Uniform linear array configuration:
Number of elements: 12
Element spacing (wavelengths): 0.5
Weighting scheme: hamming
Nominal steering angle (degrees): -30
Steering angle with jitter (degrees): -31.528
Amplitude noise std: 0.05
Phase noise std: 0.05

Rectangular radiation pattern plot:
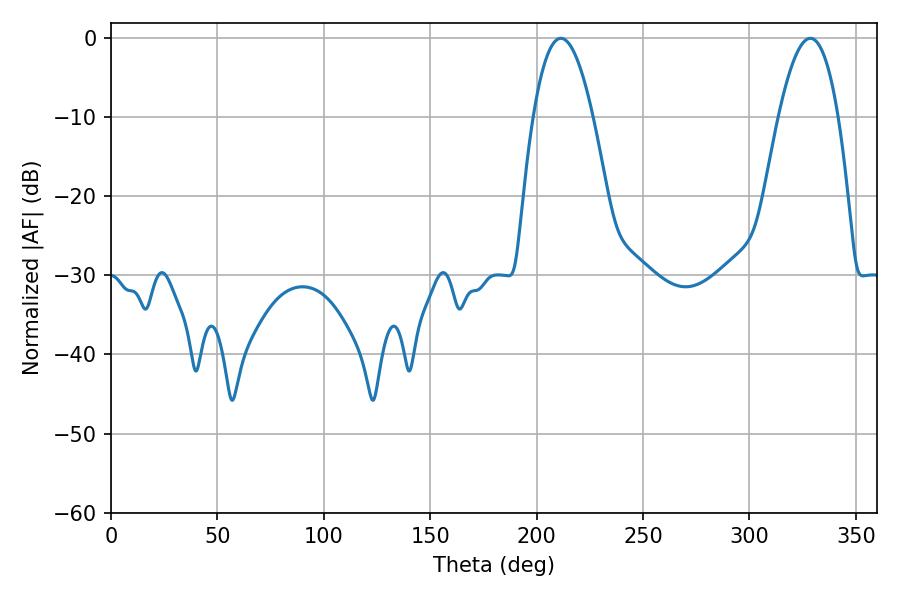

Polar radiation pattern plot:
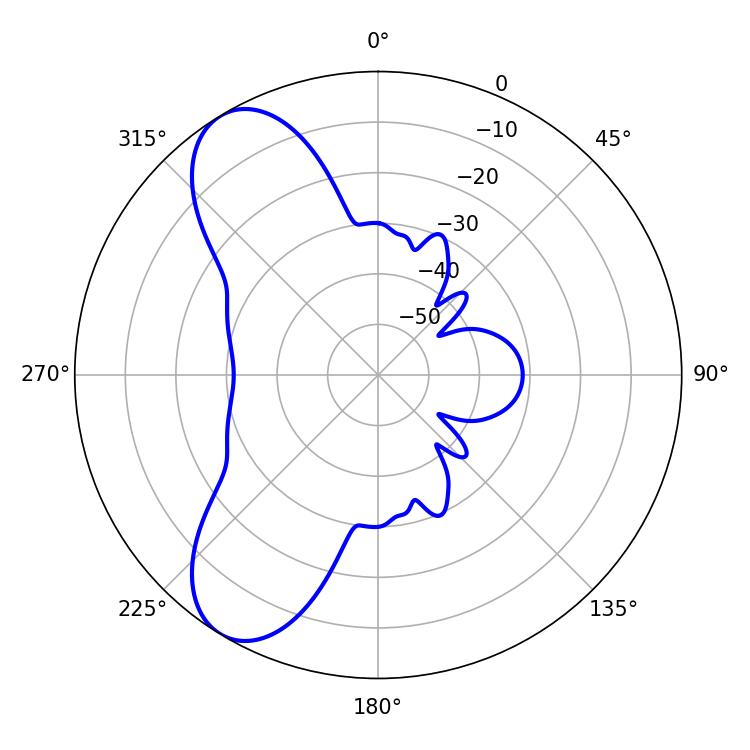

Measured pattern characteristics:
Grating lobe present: FALSE
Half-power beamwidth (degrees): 15.48
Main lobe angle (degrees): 211.32